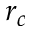
r _ { c }